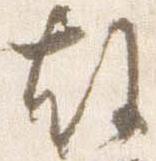
故